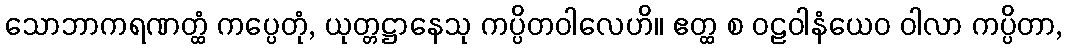
သောဘာကရဏတ္ထံ ကပ္ပေတုံ, ယုတ္တဋ္ဌာနေသု ကပ္ပိတဝါလေဟိ။ ဧတ္ထ စ ဝဠဝါနံယေဝ ဝါလာ ကပ္ပိတာ,